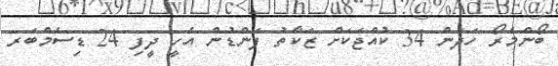
ބޯންމެރޯ ހަދަން 34 ކުއްޖަކަށް ޒަކާތު ފަންޑުން އެހީ ދީފި 24 ޑިސެމްބަރ